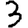
Digit: 3